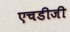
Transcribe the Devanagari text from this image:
एचडीजी